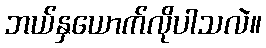
ဘယ်နှယောက်လိုပါသလဲ။